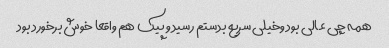
همه چی عالی بود وخیلی سریع بدستم رسید و پیک هم واقعا خوش برخورد بود